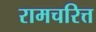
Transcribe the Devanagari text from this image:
रामचरित्त